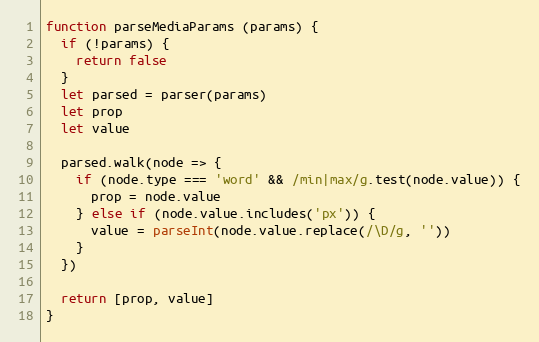
Language: JavaScript
function parseMediaParams (params) {
  if (!params) {
    return false
  }
  let parsed = parser(params)
  let prop
  let value

  parsed.walk(node => {
    if (node.type === 'word' && /min|max/g.test(node.value)) {
      prop = node.value
    } else if (node.value.includes('px')) {
      value = parseInt(node.value.replace(/\D/g, ''))
    }
  })

  return [prop, value]
}